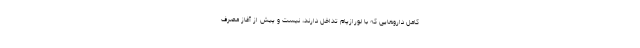
کامل داروهایی که با لورازپام تداخل دارند، نیست و پیش از آغاز مصرف